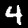
Digit: 4